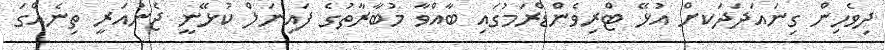
ދިވެހިން ގިނައަދަދަކށް އުޅޭ ޓްރިވެންޑްރަމުގައި ބާއްވާ މުބާރާތުގެ ފައިނަލް ކުޅޭނީ ޖެނުއަރީ ތިނެއްގަ